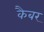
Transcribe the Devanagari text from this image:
कैबर